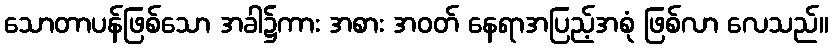
သောတာပန်ဖြစ်သော အခါ၌ကား အစား အဝတ် နေရာအပြည့်အစုံ ဖြစ်လာ လေသည်။